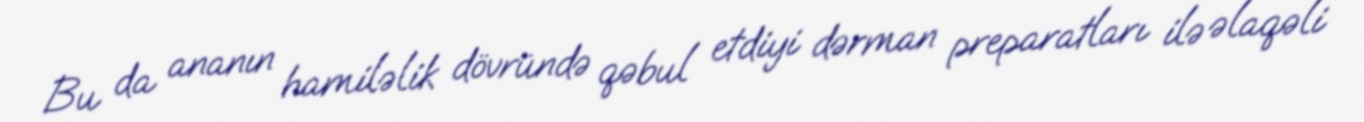
Bu da ananın hamiləlik dövründə qəbul etdiyi dərman preparatları ilə əlaqəli